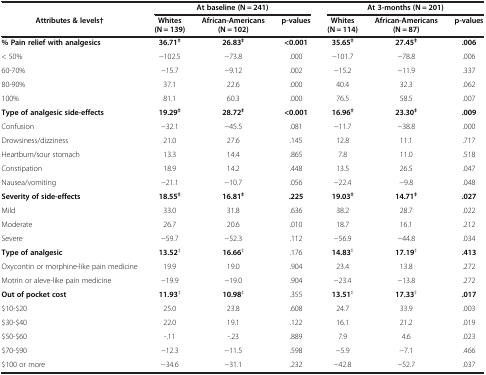
<table><thead><tr><td><b> </b></td><td colspan="3"><b>At baseline (N = 241)</b></td><td colspan="3"><b>At 3-months (N = 201)</b></td></tr><tr><td><b>Attributes &amp; levels†</b></td><td><b>Whites (N = 139)</b></td><td><b>African-Americans (N = 102)</b></td><td><b>p-values</b></td><td><b>Whites (N = 114)</b></td><td><b>African-Americans (N = 87)</b></td><td><b>p-values</b></td></tr></thead><tbody><tr><td><b>% Pain relief with analgesics</b></td><td><b>36.71</b><sup><b>‡</b></sup></td><td><b>26.83</b><sup><b>‡</b></sup></td><td><b>&lt;0.001</b></td><td><b>35.65</b><sup><b>‡</b></sup></td><td><b>27.45</b><sup><b>‡</b></sup></td><td><b>.006</b></td></tr><tr><td>&lt; 50%</td><td>−102.5</td><td>−73.8</td><td>.000</td><td>−101.7</td><td>−78.8</td><td>.006</td></tr><tr><td>60-70%</td><td>−15.7</td><td>−9.12</td><td>.002</td><td>−15.2</td><td>−11.9</td><td>.337</td></tr><tr><td>80-90%</td><td>37.1</td><td>22.6</td><td>.000</td><td>40.4</td><td>32.3</td><td>.062</td></tr><tr><td>100%</td><td>81.1</td><td>60.3</td><td>.000</td><td>76.5</td><td>58.5</td><td>.007</td></tr><tr><td><b>Type of analgesic side-effects</b></td><td><b>19.29</b><sup><b>‡</b></sup></td><td><b>28.72</b><sup><b>‡</b></sup></td><td><b>&lt;0.001</b></td><td><b>16.96</b><sup><b>‡</b></sup></td><td><b>23.30</b><sup><b>‡</b></sup></td><td><b>.009</b></td></tr><tr><td>Confusion</td><td>−32.1</td><td>−45.5</td><td>.081</td><td>−11.7</td><td>−38.8</td><td>.000</td></tr><tr><td>Drowsiness/dizziness</td><td>21.0</td><td>27.6</td><td>.145</td><td>12.8</td><td>11.1</td><td>.717</td></tr><tr><td>Heartburn/sour stomach</td><td>13.3</td><td>14.4</td><td>.865</td><td>7.8</td><td>11.0</td><td>.518</td></tr><tr><td>Constipation</td><td>18.9</td><td>14.2</td><td>.448</td><td>13.5</td><td>26.5</td><td>.047</td></tr><tr><td>Nausea/vomiting</td><td>−21.1</td><td>−10.7</td><td>.056</td><td>−22.4</td><td>−9.8</td><td>.048</td></tr><tr><td><b>Severity of side-effects</b></td><td><b>18.55</b><sup><b>‡</b></sup></td><td><b>16.81</b><sup><b>‡</b></sup></td><td><b>.225</b></td><td><b>19.03</b><sup><b>‡</b></sup></td><td><b>14.71</b><sup><b>‡</b></sup></td><td><b>.027</b></td></tr><tr><td>Mild</td><td>33.0</td><td>31.8</td><td>.636</td><td>38.2</td><td>28.7</td><td>.022</td></tr><tr><td>Moderate</td><td>26.7</td><td>20.6</td><td>.010</td><td>18.7</td><td>16.1</td><td>.212</td></tr><tr><td>Severe</td><td>−59.7</td><td>−52.3</td><td>.112</td><td>−56.9</td><td>−44.8</td><td>.034</td></tr><tr><td><b>Type of analgesic</b></td><td><b>13.52</b><sup>‡</sup></td><td><b>16.66</b><sup>‡</sup></td><td>.176</td><td><b>14.83</b><sup>‡</sup></td><td><b>17.19</b><sup>‡</sup></td><td><b>.413</b></td></tr><tr><td>Oxycontin or morphine-like pain medicine</td><td>19.9</td><td>19.0</td><td>.904</td><td>23.4</td><td>13.8</td><td>.272</td></tr><tr><td>Motrin or aleve-like pain medicine</td><td>−19.9</td><td>−19.0</td><td>.904</td><td>−23.4</td><td>−13.8</td><td>.272</td></tr><tr><td><b>Out of pocket cost</b></td><td><b>11.93</b><sup>‡</sup></td><td><b>10.98</b><sup>‡</sup></td><td>.355</td><td><b>13.51</b><sup>‡</sup></td><td><b>17.33</b><sup>‡</sup></td><td><b>.017</b></td></tr><tr><td>$10-$20</td><td>25.0</td><td>23.8</td><td>.608</td><td>24.7</td><td>33.9</td><td>.003</td></tr><tr><td>$30-$40</td><td>22.0</td><td>19.1</td><td>.122</td><td>16.1</td><td>21.2</td><td>.019</td></tr><tr><td>$50-$60</td><td>-.11</td><td>-.23</td><td>.889</td><td>7.9</td><td>4.6</td><td>.023</td></tr><tr><td>$70-$90</td><td>−12.3</td><td>−11.5</td><td>.598</td><td>−5.9</td><td>−7.1</td><td>.466</td></tr><tr><td>$100 or more</td><td>−34.6</td><td>−31.1</td><td>.232</td><td>−42.8</td><td>−52.7</td><td>.037</td></tr></tbody></table>